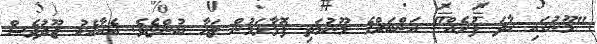
"މޫނުގައި ހާދަ ފުށެއް" އަންބަރްގެ މޫނުމަތި ފޮޅާލަމުން ޒަހާ ބުންޏެވެ. އެއާއެކު ޖޫދުވެސް